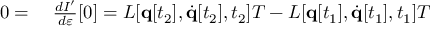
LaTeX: \begin{array} { r l } { 0 = { } } & { { } { \frac { d I ^ { \prime } } { d \varepsilon } } [ 0 ] = L [ \mathbf { q } [ t _ { 2 } ] , { \dot { \mathbf { q } } } [ t _ { 2 } ] , t _ { 2 } ] T - L [ \mathbf { q } [ t _ { 1 } ] , { \dot { \mathbf { q } } } [ t _ { 1 } ] , t _ { 1 } ] T } \end{array}